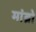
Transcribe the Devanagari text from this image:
मांब्रो